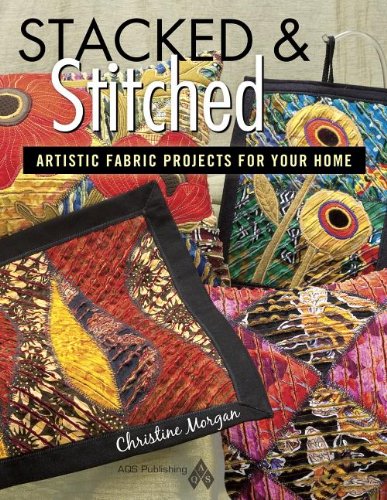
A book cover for Stacked and Stitched: Artistic Fabric Projects for Your Home; Morgan; Crafts, Hobbies & Home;